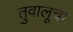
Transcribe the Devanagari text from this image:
तुवालूचा